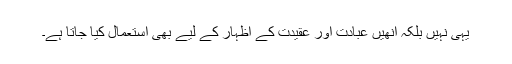
یہی نہیں بلکہ انھیں عبادت اور عقیدت کے اظہار کے لیے بھی استعمال کیا جاتا ہے۔